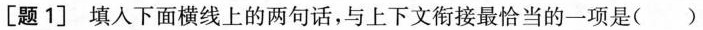
[题1]填入下面横线上的两句话，与上下文衔接最恰当的一项是( )